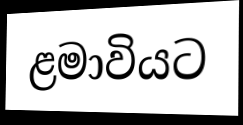
ළමාවියට